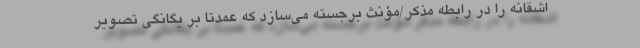
اشقانه را در رابطه مذکر/مؤنث برجسته می‌سازد که عمدتاً بر یگانگی تصویر